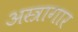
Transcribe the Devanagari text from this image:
अस्त्रागार